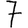
Digit: 7